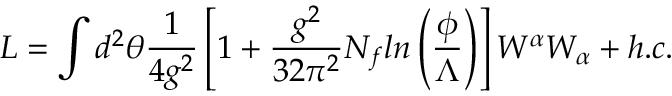
L = \int d ^ { 2 } \theta \frac { 1 } { 4 g ^ { 2 } } \left[ 1 + \frac { g ^ { 2 } } { 3 2 \pi ^ { 2 } } N _ { f } l n \left( \frac { \phi } { \Lambda } \right) \right] W ^ { \alpha } W _ { \alpha } + h . c .